Proceedings of the meeting of veterinary officers in India
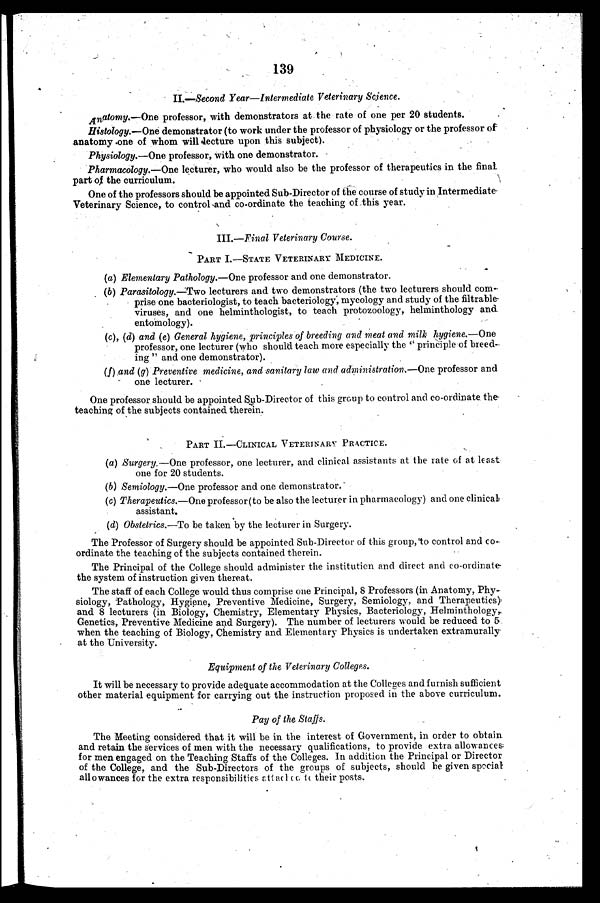
139
II.—Second Year—Intermediate Veterinary Science.
Anatomy.—One professor, with demonstrators at the rate of one per 20 students.
Histology.—One demonstrator (to work under the professor of physiology or the professor of
anatomy one of whom will lecture upon this subject).
Physiology.—One professor, with one demonstrator.
Pharmacology.—One lecturer, who would also be the professor of therapeutics in the final
part of the curriculum.
One of the professors should be appointed Sub-Director of the course of study in Intermediate
Veterinary Science, to control and co-ordinate the teaching of this year.
III.—Final Veterinary Course.
PART I.—STATE VETERINARY MEDICINE.
(a) Elementary Pathology.—One professor and one demonstrator.
(b) Parasitology.—Two lecturers and two demonstrators (the two lecturers should com-
prise one bacteriologist, to teach bacteriology, mycology and study of the filtrable
viruses, and one helminthologist, to teach protozoology, helminthology and
entomology).
(c), (d) and (e) General hygiene, principles of breeding and meat and milk hygiene.—One
professor, one lecturer (who should teach more especially the "principle of breed-
ing" and one demonstrator).
(f) and (g) Preventive medicine, and sanitary law and administration.—One professor and
one lecturer.
One professor should be appointed Sub-Director of this group to control and co-ordinate the
teaching of the subjects contained therein.
PART II.—CLINICAL VETERINARY PRACTICE.
(a) Surgery.—One professor, one lecturer, and clinical assistants at the rate of at least
one for 20 students.
(b) Semiology.—One professor and one demonstrator.
(c) Therapeutics.—One professor (to be also the lecturer in pharmacology) and one clinical
assistant.
(d) Obstetrics.—To be taken by the lecturer in Surgery.
The Professor of Surgery should be appointed Sub-Director of this group, to control and co-
ordinate the teaching of the subjects contained therein.
The Principal of the College should administer the institution and direct and co-ordinate
the system of instruction given thereat.
The staff of each College would thus comprise one Principal, 8 Professors (in Anatomy, Phy-
siology, Pathology, Hygiene, Preventive Medicine, Surgery, Semiology, and Therapeutics)
and 8 lecturers (in Biology, Chemistry, Elementary Physics, Bacteriology, Helminthology,
Genetics, Preventive Medicine and Surgery). The number of lecturers would be reduced to 5
when the teaching of Biology, Chemistry and Elementary Physics is undertaken extramurally
at the University.
Equipment of the Veterinary Colleges.
It will be necessary to provide adequate accommodation at the Colleges and furnish sufficient
other material equipment for carrying out the instruction proposed in the above curriculum.
Pay of the Staffs.
The Meeting considered that it will be in the interest of Government, in order to obtain
and retain the services of men with the necessary qualifications, to provide extra allowances-
for men engaged on the Teaching Staffs of the Colleges. In addition the Principal or Director
of the College, and the Sub-Directors of the groups of subjects, should be given special
allowances for the extra responsibilities attached to their posts.